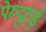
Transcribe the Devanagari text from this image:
पेरुंदुराई